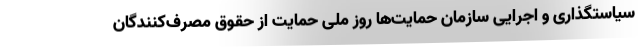
سیاستگذاری و اجرایی سازمان حمایت‌ها روز ملی حمایت از حقوق مصرف‌کنندگان